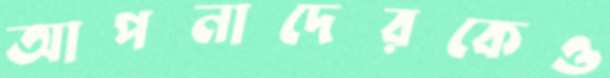
আপনাদেরকেও